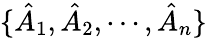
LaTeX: \{ \hat{A}_{1},\hat{A}_{2},\cdots,\hat{A}_{n}\}